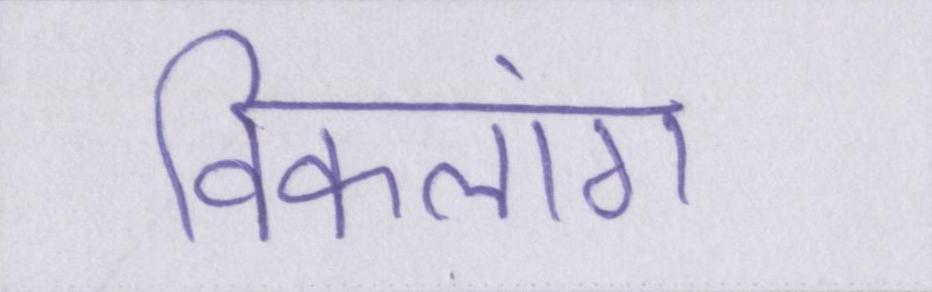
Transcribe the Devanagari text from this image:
विकलांग